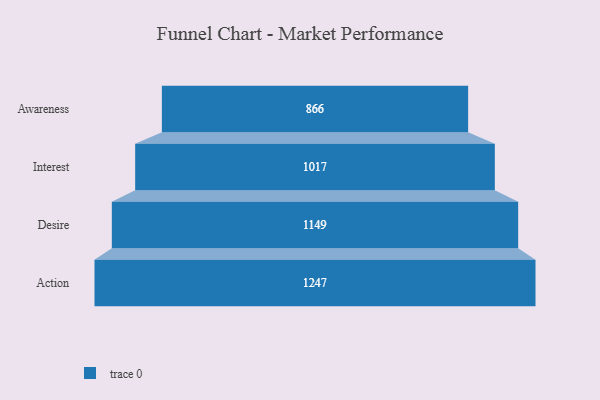
{"axis": {"x": "Stage", "y": "Value"}, "legend": [""], "data": [{"x": "Awareness", "y": 866.0, "type": ""}, {"x": "Interest", "y": 1017.0, "type": ""}, {"x": "Desire", "y": 1149.0, "type": ""}, {"x": "Action", "y": 1247.0, "type": ""}]}